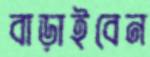
বাড়াইবেন